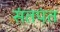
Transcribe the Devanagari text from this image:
संतपंत